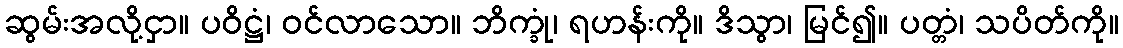
ဆွမ်းအလို့ငှာ။ ပဝိဋ္ဌံ၊ ဝင်လာသော။ ဘိက္ခုံ၊ ရဟန်းကို။ ဒိသွာ၊ မြင်၍။ ပတ္တံ၊ သပိတ်ကို။